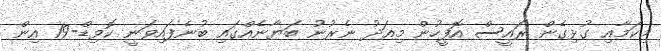
މިކަމާއި ގުޅިގެން ރައީސް އޮފީހުން މިއަދު ނެރުނު ބަޔާނެއްގައި ބުނެފައިވަނީ ކޮވިޑް-19 އިން